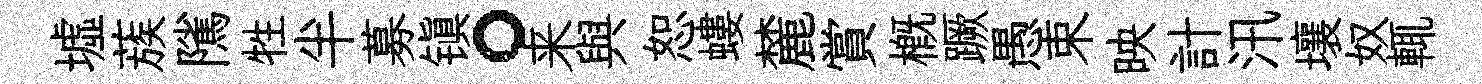
墟蔟隲牲半募镇。来與恕螻麓賞概蹶愚束映計汛壤奴輒